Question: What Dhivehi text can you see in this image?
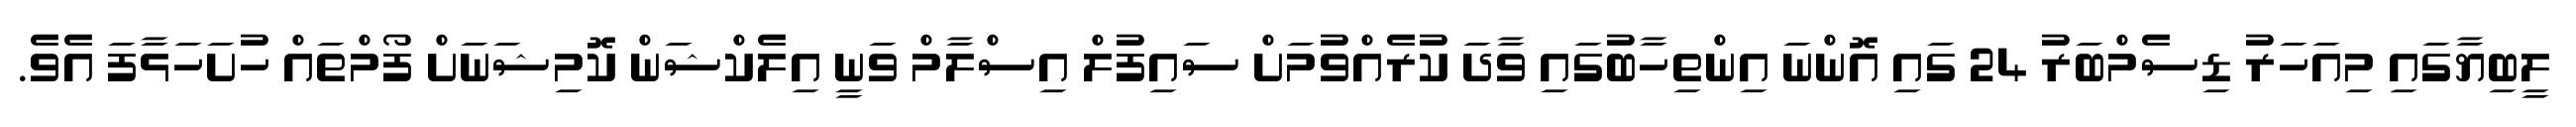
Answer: ލީބިޔާގައި މިއަހަރު ޑިސެމްބަރު 24 ގައި އޮންނަ އިންތިހާބުގައި ވާދަ ކުރެއްވުމަށް ސައިފުލް އިސްލާމް ވަނީ އިލެކްޝަން ކޮމިޝަނަށް ފޯމްތައް ހުށަހަޅާފަ އެވެ.